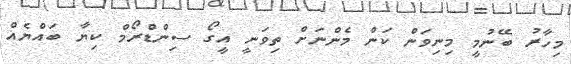
މިހާރު ބޭނުމީ މިނިވަން ކަން މެންނަށް ތިވަނީ އީގޯ ސިންޑްރޯމް ކިޔާ ބައްޔެއް